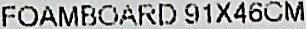
FOAMBOARD 91X46CM